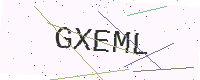
Text: GXEML